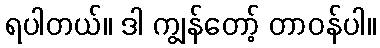
ရပါတယ်။ ဒါ ကျွန်တော့် တာဝန်ပါ။